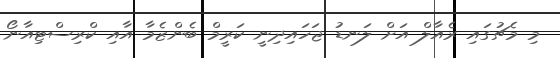
މި މެޗުގައި ރެއާލް އަށް ލަނޑު ޖަހައިދިނީ ކަރީމް ބެންޒެމާ އާއި ކްރިސްޓިއާނޯ